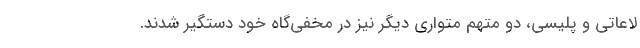
لاعاتی و پلیسی، دو متهم متواری دیگر نیز در مخفی‌گاه خود دستگیر شدند.